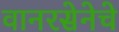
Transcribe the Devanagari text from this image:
वानरसेनेचे